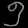
Digit: ၅